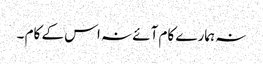
نہ ہمارے کام آئے نہ اس کے کام ۔